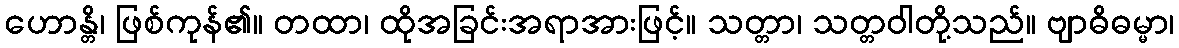
ဟောန္တိ၊ ဖြစ်ကုန်၏။ တထာ၊ ထိုအခြင်းအရာအားဖြင့်။ သတ္တာ၊ သတ္တဝါတို့သည်။ ဗျာဓိဓမ္မာ၊